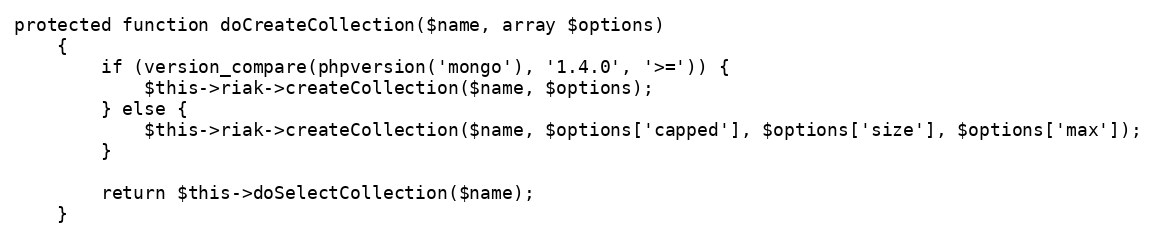
Language: PHP
protected function doCreateCollection($name, array $options)
    {
        if (version_compare(phpversion('mongo'), '1.4.0', '>=')) {
            $this->riak->createCollection($name, $options);
        } else {
            $this->riak->createCollection($name, $options['capped'], $options['size'], $options['max']);
        }

        return $this->doSelectCollection($name);
    }